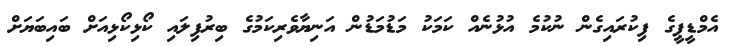
އެމްޑީޕީގެ ފިކުރައިގެން ނުކުމެ އުޅުނެއް ކަމަކު މަޑުމަޑުން އަނިޔާވެރިކަމުގެ ބިރުފިލައި ކޯޅިކޯޅިއަށް ބައިބަޔަށް